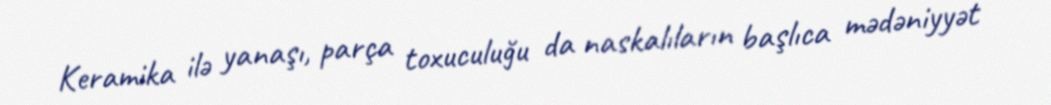
Keramika ilə yanaşı, parça toxuculuğu da naskalıların başlıca mədəniyyət